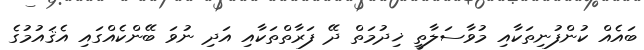
ބައެއް ކުންފުނިތަކާއި މުވާސަލާތީ ޚިދުމަތް ދޭ ފަރާތްތަކާއި އަދި ނުވަ ބޭންކެއްގައި އެޤައުމުގެ